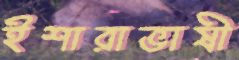
ইশারাভাষী